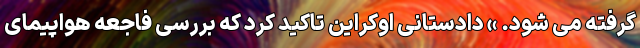
گرفته می شود. » دادستانی اوکراین تاکید کرد که بررسی فاجعه هواپیمای